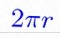
2\pi r